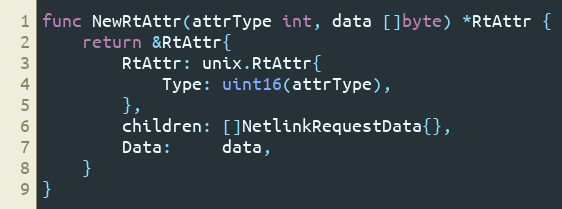
Language: Go
func NewRtAttr(attrType int, data []byte) *RtAttr {
	return &RtAttr{
		RtAttr: unix.RtAttr{
			Type: uint16(attrType),
		},
		children: []NetlinkRequestData{},
		Data:     data,
	}
}